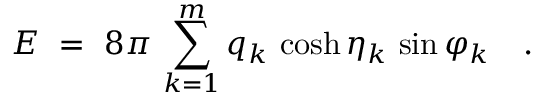
E \ = \ 8 \pi \, \sum _ { k = 1 } ^ { m } q _ { k } \, \cosh \eta _ { k } \, \sin \varphi _ { k } \quad .